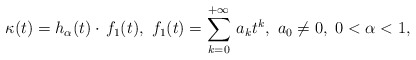
\begin{align*}\kappa(t) = h_{\alpha}(t) \cdot \, f_1(t),\ f_1(t)=\sum_{k=0}^{+\infty}\, a_k t^k, \ a_0 \not = 0,\ 0<\alpha <1,\end{align*}